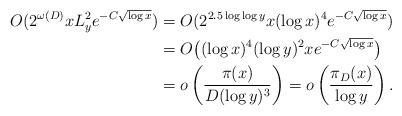
LaTeX: \begin{align*}O(2^{\omega(D)} xL_y^2 e^{-C{\sqrt{\log x}}})&=O( 2^{2.5 \log \log y} x(\log x)^4 e^{-C{\sqrt{\log x}}})\\&= O\big( (\log x)^4(\log y)^2 x e^{-C{\sqrt{\log x}}} \big)\\&=o\left(\frac{\pi(x)}{D(\log y)^3} \right)=o\left(\frac{\pi_D(x)}{\log y}\right).\end{align*}